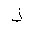
Letter: _thal